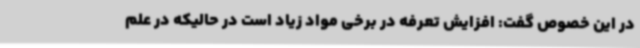
در این خصوص گفت: افزایش تعرفه در برخی مواد زیاد است در حالیکه در علم